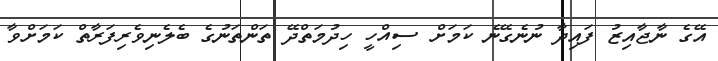
އޭގެ ނާޖާއިޒު ފައިދާ ނުނެގޭނެ ކަމަށް ސިއްހީ ހިދުމަތްދޭ ތަންތަނުގެ ބެލެނިވެރިފަރާތް ކަމަށްވާ